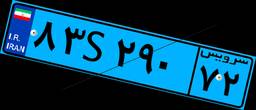
۸۳S۲۹۰۷۲